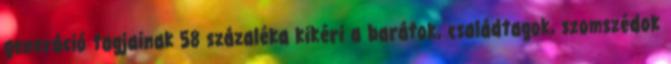
generáció tagjainak 58 százaléka kikéri a barátok, családtagok, szomszédok